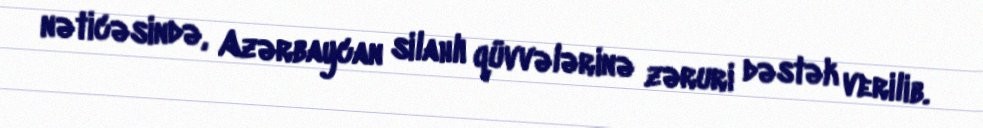
nəticəsində, Azərbaycan silahlı qüvvələrinə zəruri dəstək verilib.